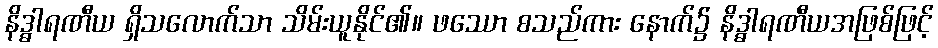
နိဒ္ဓါရဏီယ ရှိသလောက်သာ သိမ်းယူနိုင်၏။ ဖဿော စသည်ကား နောက်၌ နိဒ္ဓါရဏီယအဖြစ်ဖြင့်